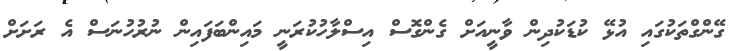
ގޭންގްތަކުގައި އުޅޭ ކުޑަކުދިން ވާނީއަށް ގެންގޮސް އިސްލާހުކުރަނީ މައިންބަފައިން ނުރުހުނަސް އެ ރަށަށް